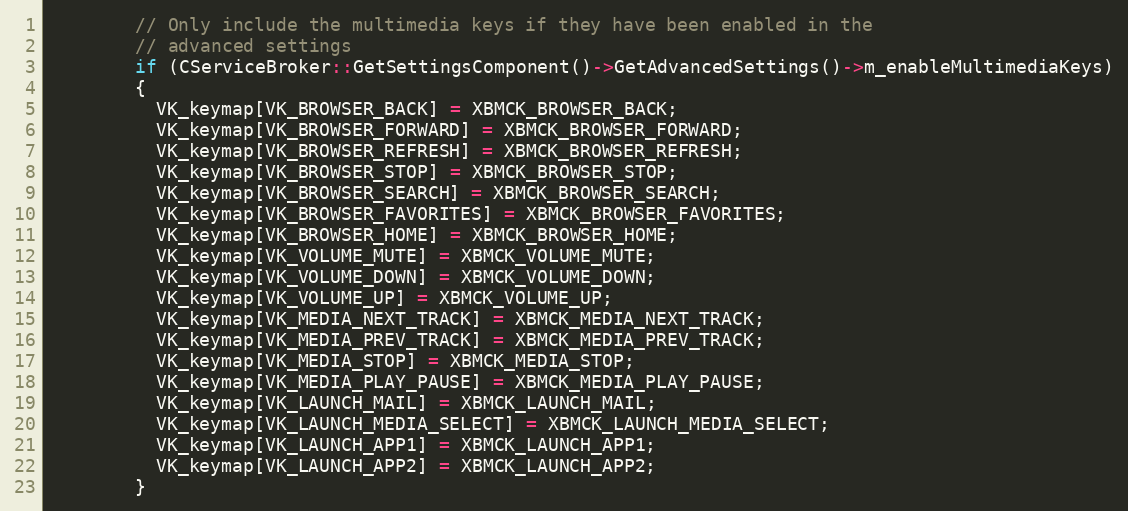
Language: C
        // Only include the multimedia keys if they have been enabled in the
        // advanced settings
        if (CServiceBroker::GetSettingsComponent()->GetAdvancedSettings()->m_enableMultimediaKeys)
        {
          VK_keymap[VK_BROWSER_BACK] = XBMCK_BROWSER_BACK;
          VK_keymap[VK_BROWSER_FORWARD] = XBMCK_BROWSER_FORWARD;
          VK_keymap[VK_BROWSER_REFRESH] = XBMCK_BROWSER_REFRESH;
          VK_keymap[VK_BROWSER_STOP] = XBMCK_BROWSER_STOP;
          VK_keymap[VK_BROWSER_SEARCH] = XBMCK_BROWSER_SEARCH;
          VK_keymap[VK_BROWSER_FAVORITES] = XBMCK_BROWSER_FAVORITES;
          VK_keymap[VK_BROWSER_HOME] = XBMCK_BROWSER_HOME;
          VK_keymap[VK_VOLUME_MUTE] = XBMCK_VOLUME_MUTE;
          VK_keymap[VK_VOLUME_DOWN] = XBMCK_VOLUME_DOWN;
          VK_keymap[VK_VOLUME_UP] = XBMCK_VOLUME_UP;
          VK_keymap[VK_MEDIA_NEXT_TRACK] = XBMCK_MEDIA_NEXT_TRACK;
          VK_keymap[VK_MEDIA_PREV_TRACK] = XBMCK_MEDIA_PREV_TRACK;
          VK_keymap[VK_MEDIA_STOP] = XBMCK_MEDIA_STOP;
          VK_keymap[VK_MEDIA_PLAY_PAUSE] = XBMCK_MEDIA_PLAY_PAUSE;
          VK_keymap[VK_LAUNCH_MAIL] = XBMCK_LAUNCH_MAIL;
          VK_keymap[VK_LAUNCH_MEDIA_SELECT] = XBMCK_LAUNCH_MEDIA_SELECT;
          VK_keymap[VK_LAUNCH_APP1] = XBMCK_LAUNCH_APP1;
          VK_keymap[VK_LAUNCH_APP2] = XBMCK_LAUNCH_APP2;
        }